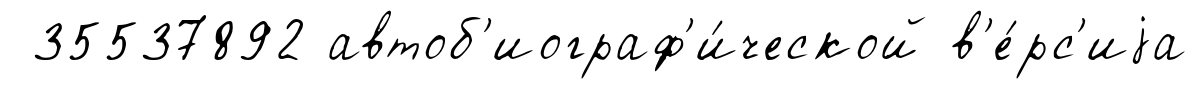
35537892 автоб'иограф'и́ческой в'е́рс'иjа